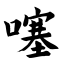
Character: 噻